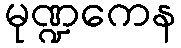
မုဏ္ဍကေန